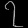
Digit: ၇